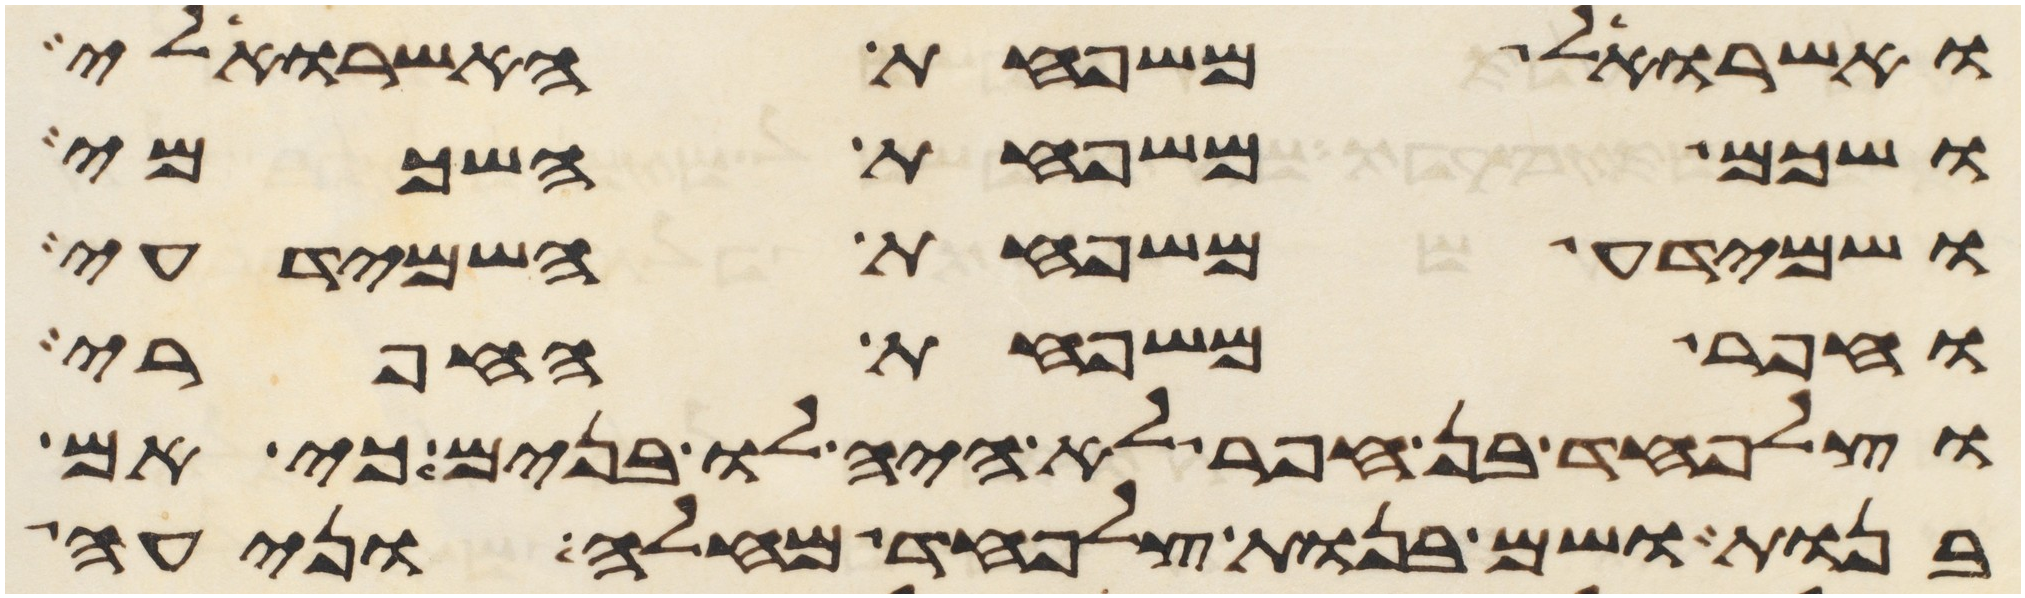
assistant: ואשרואל משפחת האשרואלי
ושכם משפחת השכמי
ושמידע משפחת השמידעי
וחפר משפחת החפרי
וצלפחד בן חפר לא היה לו בנים כי אם
בנות ושם בנות צלפחד מחלה ונעה